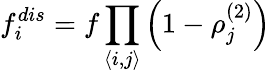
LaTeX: f_{i}^{dis}=f\prod_{\left\langle i,j\right\rangle}\left(1-\rho_{j}^{\left(2\right)}\right)